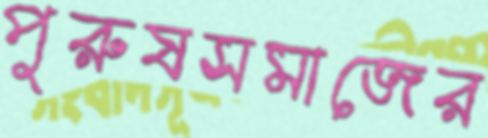
পুরুষসমাজের